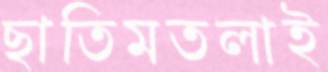
ছাতিমতলাই